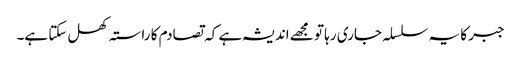
جبر کا یہ سلسلہ جاری رہا تو مجھے اندیشہ ہے کہ تصادم کا راستہ کھل سکتا ہے۔